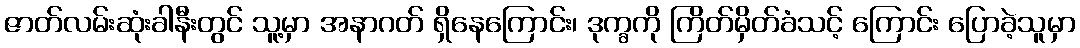
ဇာတ်လမ်းဆုံးခါနီးတွင် သူ့မှာ အနာဂတ် ရှိနေကြောင်း၊ ဒုက္ခကို ကြိတ်မှိတ်ခံသင့် ကြောင်း ပြောခဲ့သူမှာ